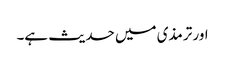
اور ترمذی میں حدیث ہے۔